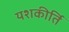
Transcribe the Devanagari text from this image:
यशकीर्ति